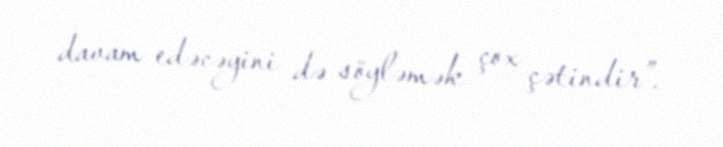
davam edəcəyini də söyləmək çox çətindir”.